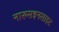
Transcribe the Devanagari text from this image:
नारुसइनसाइट